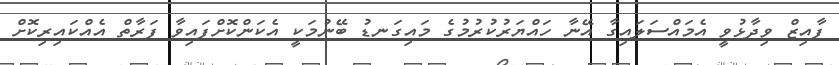
ފާއިޒް ވިދާޅުވީ އެމައްސަލައިގާ އޭނާ ހައްޔަރުކުރުމުގެ މައިގަނޑު ބޭނުމަކީ އެކަންކޮށްފައިވާ ފަރާތް އެއްކައިރިކޮށް